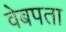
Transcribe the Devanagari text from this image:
वेबपता